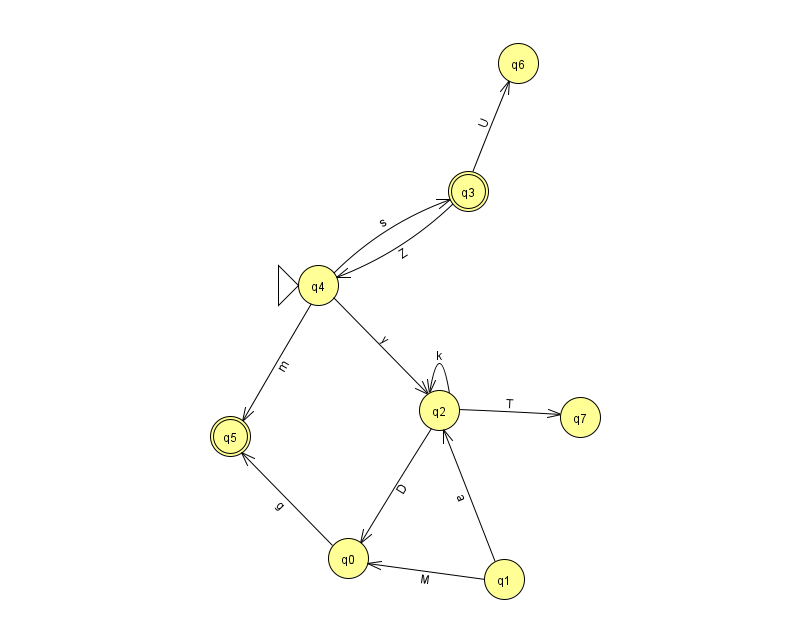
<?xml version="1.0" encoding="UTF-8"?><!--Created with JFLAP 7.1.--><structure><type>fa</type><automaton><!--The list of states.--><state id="0" name="q0"><x>348.0</x><y>545.0</y></state><state id="1" name="q1"><x>504.0</x><y>566.0</y></state><state id="2" name="q2"><x>439.0</x><y>397.0</y></state><state id="3" name="q3"><x>468.0</x><y>178.0</y><final/></state><state id="4" name="q4"><x>318.0</x><y>272.0</y><initial/></state><state id="5" name="q5"><x>230.0</x><y>423.0</y><final/></state><state id="6" name="q6"><x>518.0</x><y>50.0</y></state><state id="7" name="q7"><x>580.0</x><y>404.0</y></state><!--The list of transitions.--><transition><from>1</from><to>2</to><read>a</read></transition><transition><from>4</from><to>3</to><read>s</read></transition><transition><from>2</from><to>7</to><read>T</read></transition><transition><from>4</from><to>5</to><read>m</read></transition><transition><from>0</from><to>5</to><read>g</read></transition><transition><from>2</from><to>0</to><read>D</read></transition><transition><from>3</from><to>6</to><read>U</read></transition><transition><from>4</from><to>2</to><read>y</read></transition><transition><from>3</from><to>4</to><read>Z</read></transition><transition><from>2</from><to>2</to><read>k</read></transition><transition><from>1</from><to>0</to><read>M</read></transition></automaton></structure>